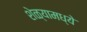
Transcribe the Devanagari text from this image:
शेळ्यामध्ये